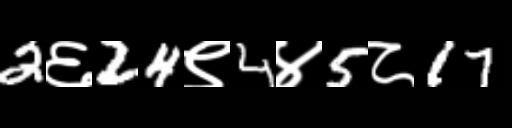
Text: 2६24९4४5८17